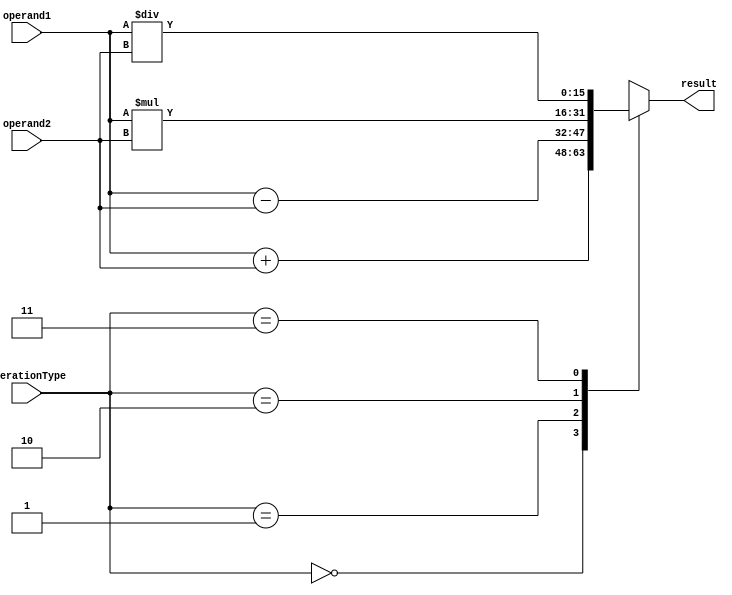
module FloatingPointUnit (
    input [15:0] operand1,
    input [15:0] operand2,
    input [1:0] operationType,
    output reg [15:0] result
);

// Arithmetic components
reg [15:0] sum;
reg [15:0] difference;
reg [15:0] product;
reg [15:0] quotient;

// Perform arithmetic operations based on operation type
always @* begin
    case(operationType)
        2'b00: begin // Addition
            sum = operand1 + operand2;
            result = sum;
        end
        2'b01: begin // Subtraction
            difference = operand1 - operand2;
            result = difference;
        end
        2'b10: begin // Multiplication
            product = operand1 * operand2;
            result = product;
        end
        2'b11: begin // Division
            quotient = operand1 / operand2;
            result = quotient;
        end
    endcase
end

endmodule